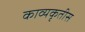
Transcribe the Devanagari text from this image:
काव्यकृतीस